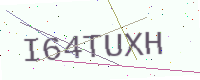
Text: I64TUXH